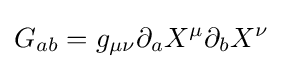
G_{ab}=g_{\mu \nu }\partial _{a}X^{\mu }\partial _{b}X^{\nu }